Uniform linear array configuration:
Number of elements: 8
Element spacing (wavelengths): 0.25
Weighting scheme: binomial
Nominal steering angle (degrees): -45
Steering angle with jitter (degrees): -43.879
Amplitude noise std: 0.05
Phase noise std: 0.05

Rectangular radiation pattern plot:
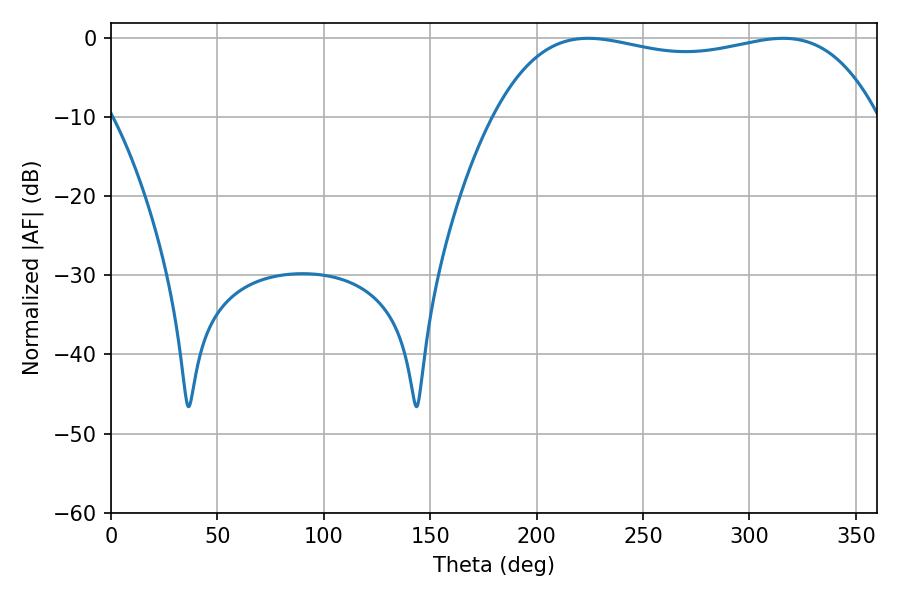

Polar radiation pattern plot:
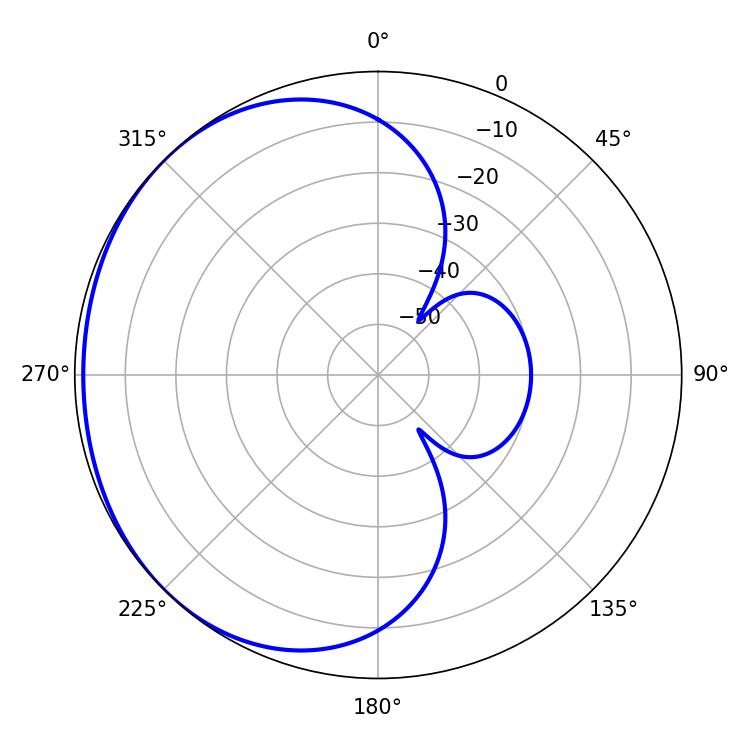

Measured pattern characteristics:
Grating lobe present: FALSE
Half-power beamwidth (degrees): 145.44
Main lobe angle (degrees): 224.28